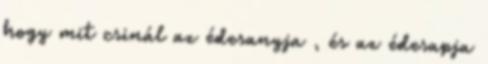
hogy mit csinál az édesanyja , és az édesapja